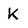
Character: k